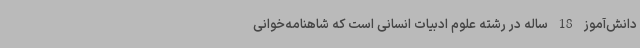
دانش‌آموز 18 ساله در رشته علوم ادبیات انسانی است که شاهنامه‌خوانی